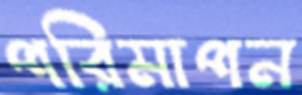
পরিমাপন